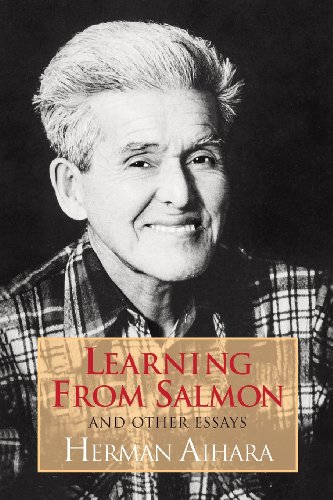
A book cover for Learning from Salmon; Herman Aihara; Health, Fitness & Dieting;